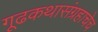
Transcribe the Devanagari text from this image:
गूढकथासंग्रहाचेच